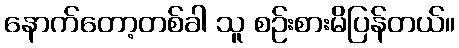
နောက်တော့တစ်ခါ သူ စဉ်းစားမိပြန်တယ်။